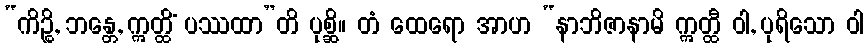
“ကိဉ္စိ, ဘန္တေ, ဣတ္ထိံ ပဿထာ”တိ ပုစ္ဆိ။ တံ ထေရော အာဟ “နာဘိဇာနာမိ ဣတ္ထီ ဝါ, ပုရိသော ဝါ